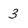
Character: 3